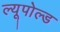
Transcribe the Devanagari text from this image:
ल्यूपोल्ड